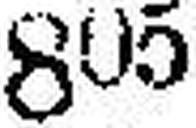
805